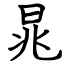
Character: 晁